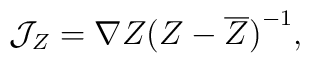
{\cal J}_Z=\nabla Z{(Z-\overline{Z})}^{-1},